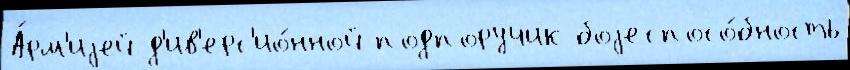
А́рм'иjей д'ив'ерс'ио́нной подпоручик боjеспосо́бность